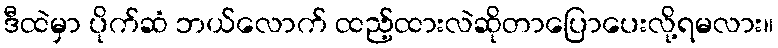
ဒီထဲမှာ ပိုက်ဆံ ဘယ်လောက် ထည့်ထားလဲဆိုတာပြောပေးလို့ရမလား။